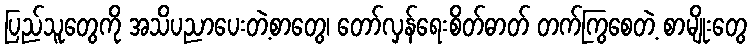
ပြည်သူတွေကို အသိပညာပေးတဲ့စာတွေ၊ တော်လှန်ရေးစိတ်ဓာတ် တက်ကြွစေတဲ့ စာမျိုးတွေ